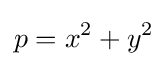
p=x^{2}+y^{2}